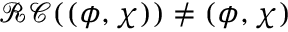
\mathcal { R C } ( ( \phi , \chi ) ) \neq ( \phi , \chi )